Indian Medical Review
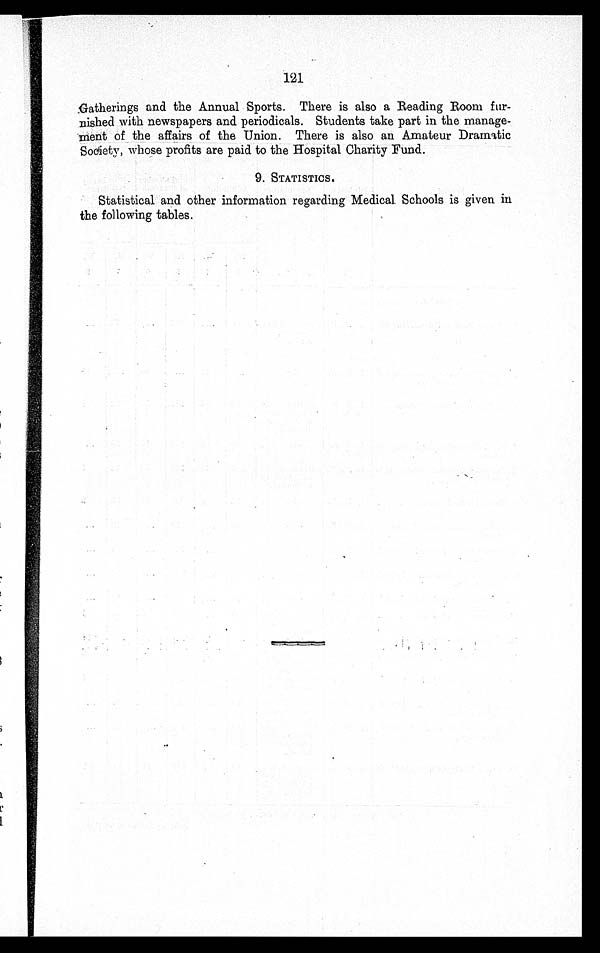
121
Gatherings and the Annual Sports. There is also a Reading Room fur-
nished with newspapers and periodicals. Students take part in the manage-
ment of the affairs of the Union. There is also an Amateur Dramatic
Society, whose profits are paid to the Hospital Charity Fund.
9. STATISTICS.
Statistical and other information regarding Medical. Schools is given in
the following tables.